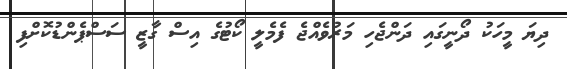
ދިޔަ މީހަކު ދޯނީގައި ދަންޖެހި މަރުވެއްޖެ ފެމެލީ ކޯޓުގެ އިސް ގާޒީ ސަސްޕެންޑުކޮށްފި